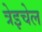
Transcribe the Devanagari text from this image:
त्रेइचेल